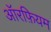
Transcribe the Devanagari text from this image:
ऑरफ़ियम